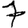
Digit: 7